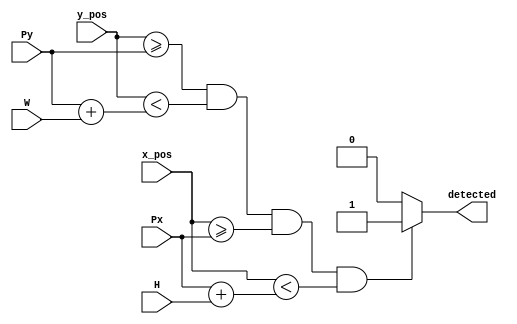
`timescale 1ns/1ps

module object_detection #(
	parameter X_BITS=8,
	parameter Y_BITS=9
)(
	input [X_BITS:0] 	 x_pos,
	input [Y_BITS:0] 	 y_pos,
	input  [X_BITS:0]	 Px,
	input  [Y_BITS:0]	 Py,
	input  [Y_BITS:0]	 W,
	input  [X_BITS:0]	 H,
	output reg		 detected 
); 


always @ (*) 
	begin
		if ((y_pos>=Py)&&(y_pos<Py+W)&&(x_pos>=Px)&&(x_pos<Px+H))
			detected = 1;
		else
			detected = 0;
   	end

endmodule